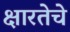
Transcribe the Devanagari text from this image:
क्षारतेचे